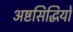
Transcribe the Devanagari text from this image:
अष्टसिद्धियों